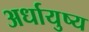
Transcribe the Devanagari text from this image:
अर्धायुष्य